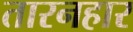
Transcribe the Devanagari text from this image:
तारनहार